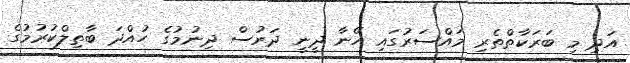
އަދި މި ބަރަކާތްތެރި މައްސަރުގައި އޭނާ ދީނީ ދަރުސް ދިނުމުގެ ހުއްދަ ބާތިލްކުރުމުގެ